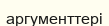
аргументтері